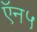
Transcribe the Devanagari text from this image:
ऍन५